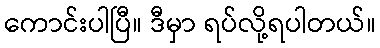
ကောင်းပါပြီ။ ဒီမှာ ရပ်လို့ရပါတယ်။